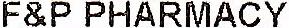
F&P PHARMACY